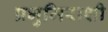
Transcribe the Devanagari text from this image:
प्रभुमिराशी